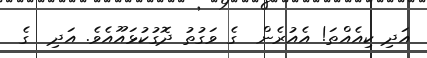
އަދި ކިއެއްތަ! އެއުރެން  ގެ ވަގުތު ދޮގުކުޅައޫއެވެ. އަދި  ގެ